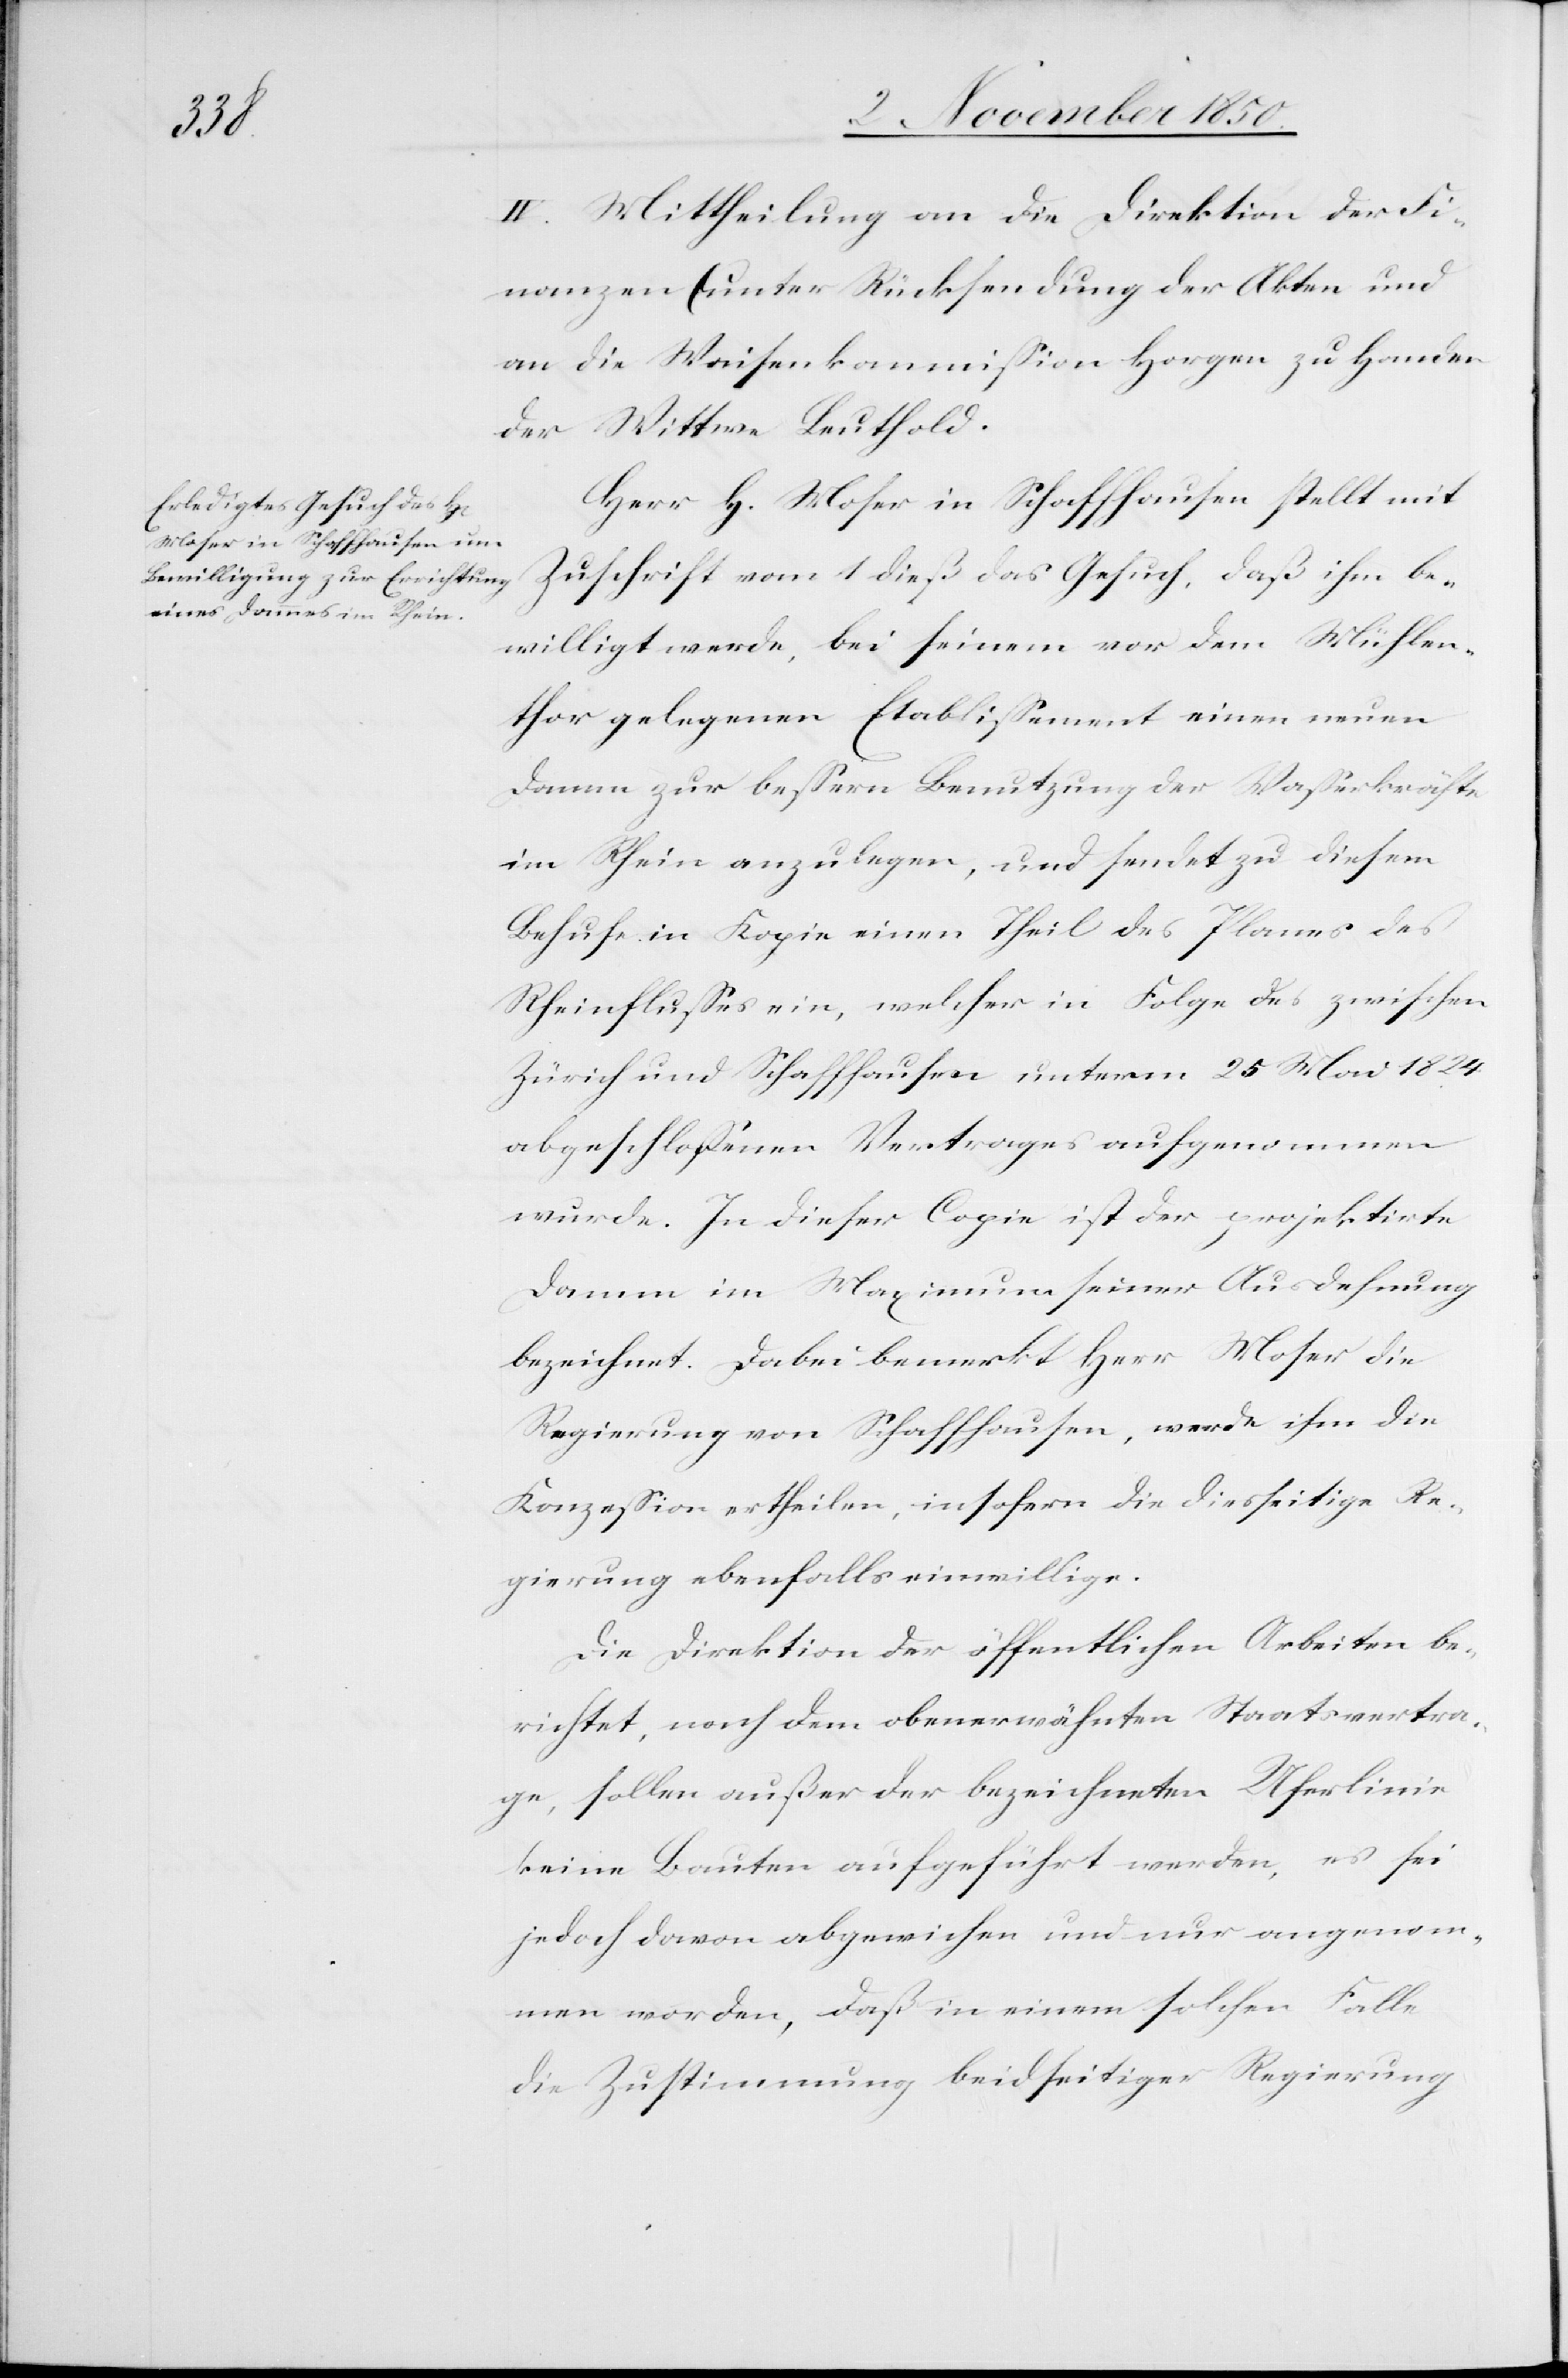
be¬
IV. Mittheilung an die Direktion der Fi¬
nanzen (unter Rücksendung der Akten[)] und
an die Waisenkommission Horgen zu Handen
der Wittwe Leuthold.
Herr H. Moser in Schaffhausen stellt mit
willigt werde, bei seinem vor dem Mühlen¬
thor gelegenen Etablissement einen neuen
Damm zur bessern Benutzung der Wasserkräfte
im Rhein anzulegen, und sendet zu diesem
Behufe in Kopie einen Theil des Planes des
Rheinflusses ein, welcher in Folge des zwischen
Zürich und Schaffhausen unterm 25 Mai 1824
abgeschlossenen Vertrages aufgenommen
wurde. In dieser Copie ist der projektirte
Damm im Maximum seiner Ausdehnung
bezeichnet. Dabei bemerkt Herr Moser die
Regierung von Schaffhausen, werde ihm die
Konzession ertheilten, insofern die diesseitige Re¬
gierung ebenfalls einwillige.
Die Direktion der öffentlichen Arbeiten be¬
richtet, nach dem obenerwähnten Staatsvertra¬
ge, sollen außer der bezeichneten Uferlinie
keine Bauten aufgeführt werden, es sei
jedoch davon abgewichen und nur angenom¬
men worden, daß in einem solchen Falle
die Zustimmung beidseitiger Regierung